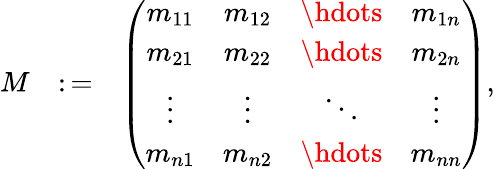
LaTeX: \begin{array}{rlr}{M}&{\colon=}&{\left(\begin{array}{cccc}{m_{11}}&{m_{12}}&{\hdots}&{m_{1n}}\\ {m_{21}}&{m_{22}}&{\hdots}&{m_{2n}}\\ {\vdots}&{\vdots}&{\ddots}&{\vdots}\\ {m_{n1}}&{m_{n2}}&{\hdots}&{m_{nn}}\end{array}\right),}\end{array}